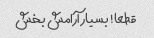
قطعا! بسیار آرامش بخش